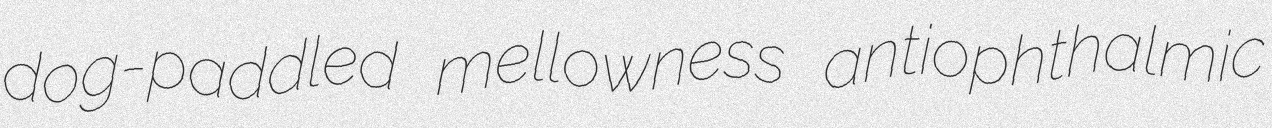
dog-paddled mellowness antiophthalmic